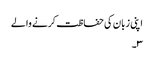
اپنی زبان کی حفاظت کرنے والے
۳۔